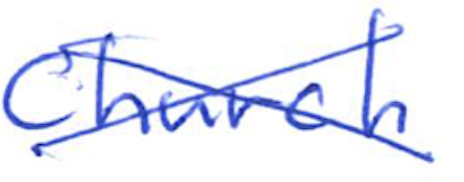
Text: Church
Cross-out: cross
Writing tool: ballpoint